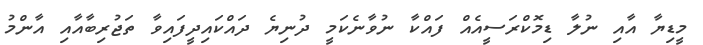
މީޑިޔާ އާއި ނުލާ ޑިމޮކްރަސީއެއް ފައްކާ ނުވާނެކަމީ ދުނިޔެ ދައްކައިދީފައިވާ ތަޖުރިބާއާއި އާންމު